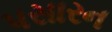
પસારન